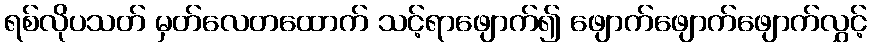
ရစ်လိုပသတ် မှတ်လေတထောက် သင့်ရာဖျောက်၍ ဖျောက်ဖျောက်ဖျောက်လွှင့်